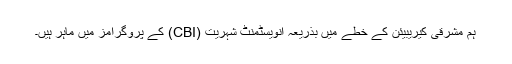
ہم مشرقی کیریبیئن کے خطے میں بذریعہ انویسٹمنٹ شہریت (CBI) کے پروگرامز میں ماہر ہیں۔